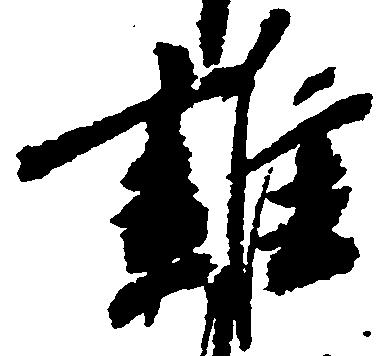
雑